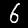
Label: 6